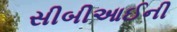
સીબીઆઈની